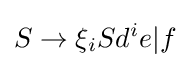
S\to \xi _{i}Sd^{i}e|f